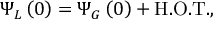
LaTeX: \Psi _ { L } \left( 0 \right) = \Psi _ { G } \left( 0 \right) + { \mathrm { H . O . T . } } ,